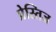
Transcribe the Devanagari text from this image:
प्रेस्तिज